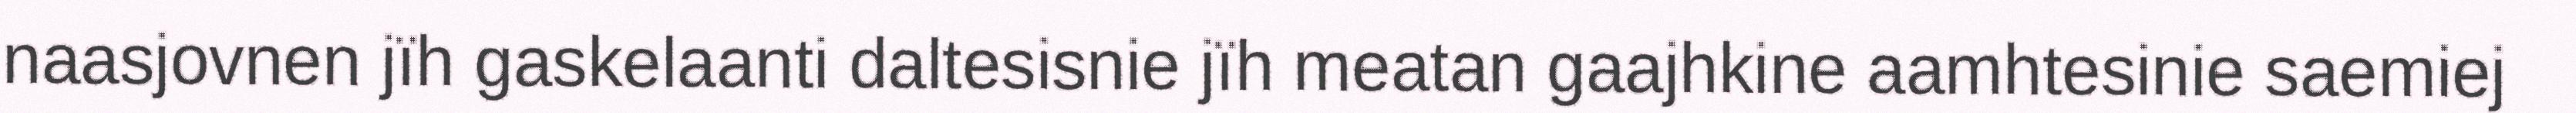
naasjovnen jïh gaskelaanti daltesisnie jïh meatan gaajhkine aamhtesinie saemiej